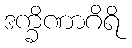
ဒက္ခိဏာဂိရိ